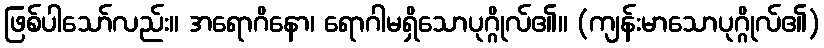
ဖြစ်ပါသော်လည်း။ အရောဂိနော၊ ရောဂါမရှိသောပုဂ္ဂိုလ်၏။ (ကျန်းမာသောပုဂ္ဂိုလ်၏)